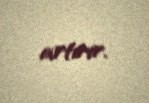
artırır.